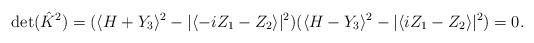
LaTeX: \begin{align*}{\rm det}(\hat{K}^2)=(\langle H+Y_3 \rangle^2 - |\langle -i Z_1-Z_2 \rangle|^2 )(\langle H-Y_3 \rangle^2 - |\langle i Z_1-Z_2 \rangle|^2 )=0.\end{align*}